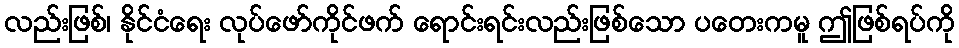
လည်းဖြစ်၊ နိုင်ငံရေး လုပ်ဖော်ကိုင်ဖက် ရောင်းရင်းလည်းဖြစ်သော ပတေးကမူ ဤဖြစ်ရပ်ကို